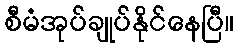
စီမံအုပ်ချုပ်နိုင်နေပြီ။